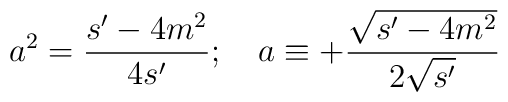
a^{2}=\frac{s'-4m^{2}}{4s'};\quad a\equiv +\frac{\sqrt{s'-4m^{2}}}{2\sqrt{s'}}